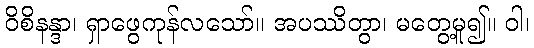
ဝိစိနန္ဒာ၊ ရှာဖွေကုန်လသော်။ အပဿိတွာ၊ မတွေ့မူ၍။ ဝါ၊